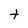
Character: t